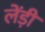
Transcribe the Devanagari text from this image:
लेंड़ी